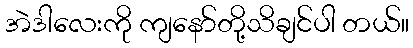
အဲဒါလေးကို ကျနော်တို့သိချင်ပါ တယ်။